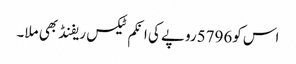
اس کو5796روپے کی انکم ٹیکس ریفنڈ بھی ملا۔